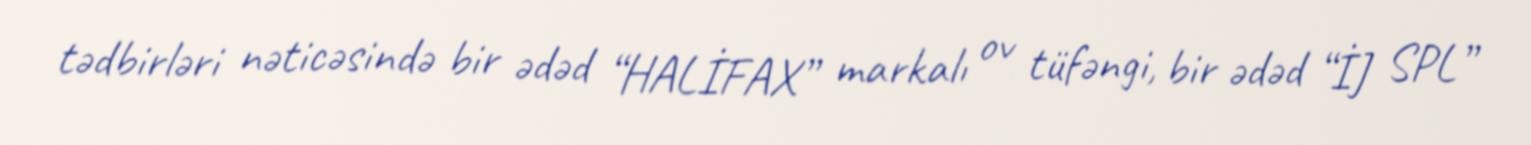
tədbirləri nəticəsində bir ədəd “HALİFAX” markalı ov tüfəngi, bir ədəd “İJ SPL”